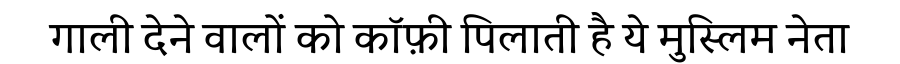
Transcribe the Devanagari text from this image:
गाली देने वालों को कॉफ़ी पिलाती है ये मुस्लिम नेता